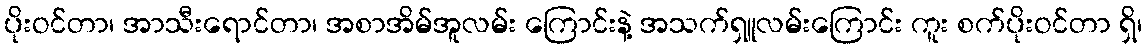
ပိုးဝင်တာ၊ အာသီးရောင်တာ၊ အစာအိမ်အူလမ်း ကြောင်းနဲ့ အသက်ရှူလမ်းကြောင်း ကူး စက်ပိုးဝင်တာ ရှိ၊